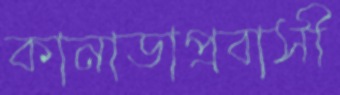
কানাডাপ্রবাসী